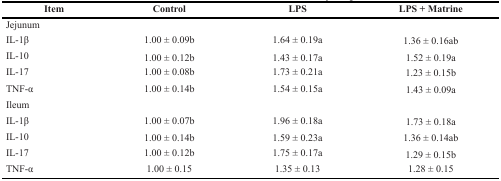
<table><thead><tr><td><b>Item</b></td><td><b>Control</b></td><td><b>LPS</b></td><td><b>LPS + Matrine</b></td></tr></thead><tbody><tr><td>Jejunum</td><td></td><td></td><td></td></tr><tr><td>IL-1β</td><td>1.00 ± 0.09b</td><td>1.64 ± 0.19a</td><td>1.36 ± 0.16ab</td></tr><tr><td>IL-10</td><td>1.00 ± 0.12b</td><td>1.43 ± 0.17a</td><td>1.52 ± 0.19a</td></tr><tr><td>IL-17</td><td>1.00 ± 0.08b</td><td>1.73 ± 0.21a</td><td>1.23 ± 0.15b</td></tr><tr><td>TNF-α</td><td>1.00 ± 0.14b</td><td>1.54 ± 0.15a</td><td>1.43 ± 0.09a</td></tr><tr><td>Ileum</td><td></td><td></td><td></td></tr><tr><td>IL-1β</td><td>1.00 ± 0.07b</td><td>1.96 ± 0.18a</td><td>1.73 ± 0.18a</td></tr><tr><td>IL-10</td><td>1.00 ± 0.14b</td><td>1.59 ± 0.23a</td><td>1.36 ± 0.14ab</td></tr><tr><td>IL-17</td><td>1.00 ± 0.12b</td><td>1.75 ± 0.17a</td><td>1.29 ± 0.15b</td></tr><tr><td>TNF-α</td><td>1.00 ± 0.15</td><td>1.35 ± 0.13</td><td>1.28 ± 0.15</td></tr></tbody></table>